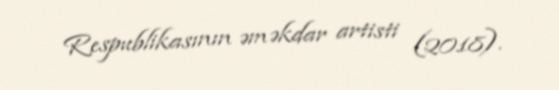
Respublikasının əməkdar artisti (2018).